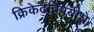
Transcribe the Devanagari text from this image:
क्रिकेटविषयीचे